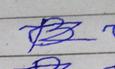
Signature authenticity: forged